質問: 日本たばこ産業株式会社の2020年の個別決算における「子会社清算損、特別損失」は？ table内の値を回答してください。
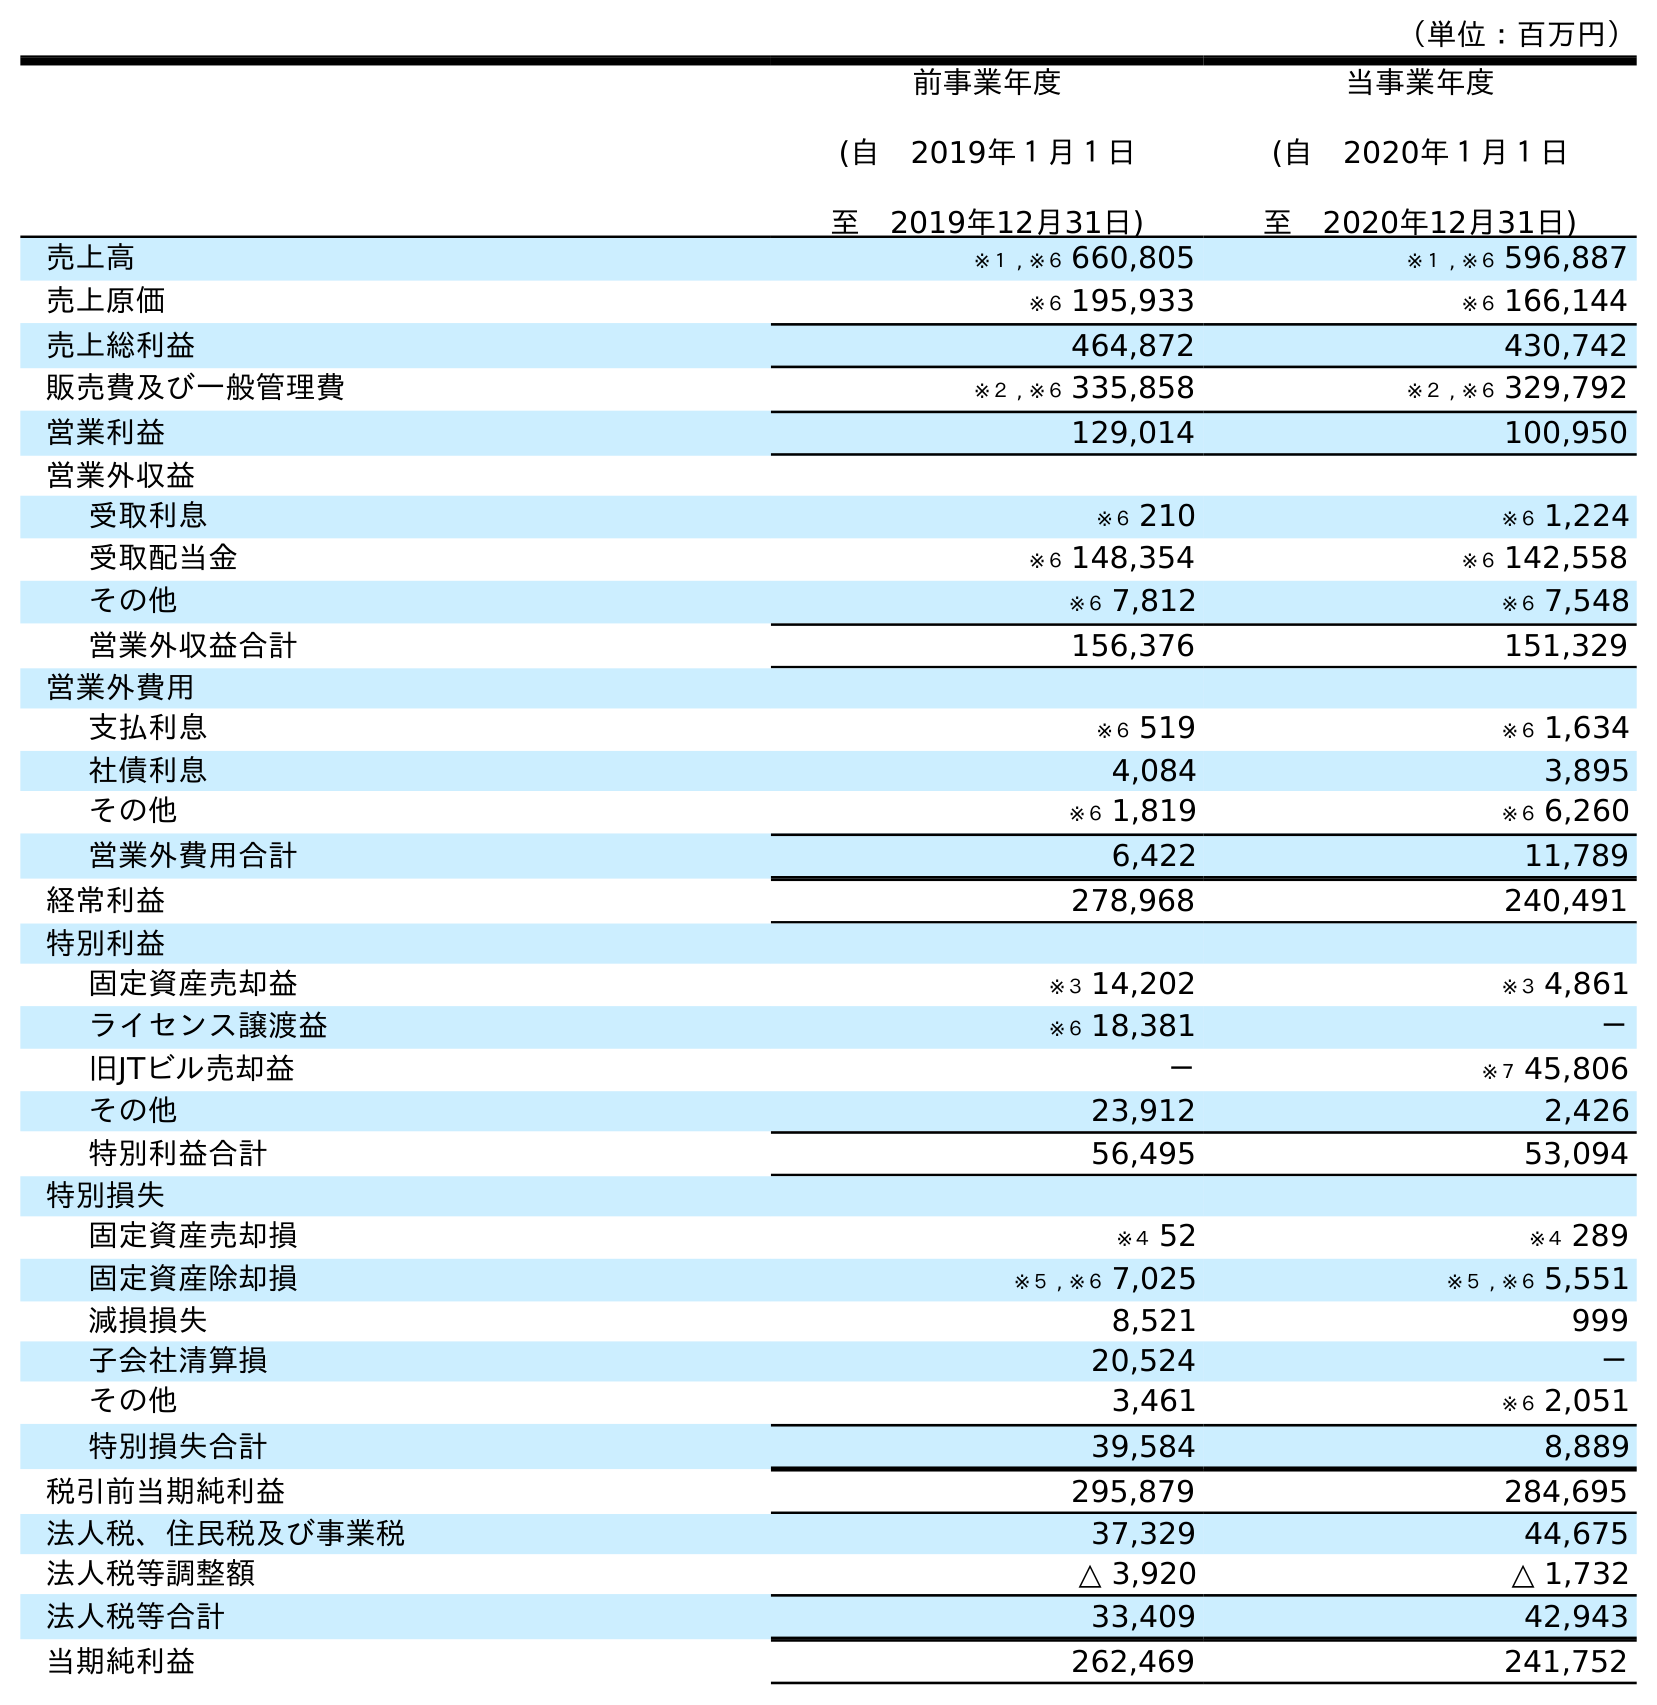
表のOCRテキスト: （単位：百万円） 前事業年度 (自 2019年１月１日 至 2019年12月31日) 当事業年度 (自 2020年１月１日 至 2020年12月31日) 売上高 ※１ , ※６ 660,805 ※１ , ※６ 596,887 売上原価 ※６ 195,933 ※６ 166,144 売上総利益 464,872 430,742 販売費及び一般管理費 ※２ , ※６ 335,858 ※２ , ※６ 329,792 営業利益 129,014 100,950 営業外収益 受取利息 ※６ 210 ※６ 1,224 受取配当金 ※６ 148,354 ※６ 142,558 その他 ※６ 7,812 ※６ 7,548 営業外収益合計 156,376 151,329 営業外費用 支払利息 ※６ 519 ※６ 1,634 社債利息 4,084 3,895 その他 ※６ 1,819 ※６ 6,260 営業外費用合計 6,422 11,789 経常利益 278,968 240,491 特別利益 固定資産売却益 ※３ 14,202 ※３ 4,861 ライセンス譲渡益 ※６ 18,381 － 旧JTビル売却益 － ※７ 45,806 その他 23,912 2,426 特別利益合計 56,495 53,094 特別損失 固定資産売却損 ※４ 52 ※４ 289 固定資産除却損 ※５ , ※６ 7,025 ※５ , ※６ 5,551 減損損失 8,521 999 子会社清算損 20,524 － その他 3,461 ※６ 2,051 特別損失合計 39,584 8,889 税引前当期純利益 295,879 284,695 法人税、住民税及び事業税 37,329 44,675 法人税等調整額 △ 3,920 △ 1,732 法人税等合計 33,409 42,943 当期純利益 262,469 241,752
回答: －